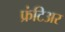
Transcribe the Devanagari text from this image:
फ्रंटिअर